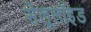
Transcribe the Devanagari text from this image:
सेलूलॉइड